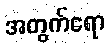
အတွက်ရော